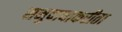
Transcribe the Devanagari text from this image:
समुदायाकरीता